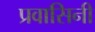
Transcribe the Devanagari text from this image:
प्रवासिनी